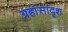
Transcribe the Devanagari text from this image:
ग्रहांसादृश